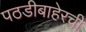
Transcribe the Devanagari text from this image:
पठडीबाहेरची